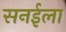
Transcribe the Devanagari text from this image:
सनईला